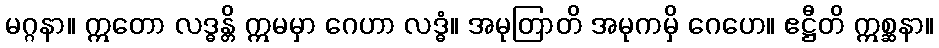
မဂ္ဂနာ။ ဣတော လဒ္ဓန္တိ ဣမမှာ ဂေဟာ လဒ္ဓံ။ အမုတြာတိ အမုကမှိ ဂေဟေ။ ဧဋ္ဌီတိ ဣစ္ဆနာ။